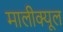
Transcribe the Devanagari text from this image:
मालीक्यूल